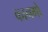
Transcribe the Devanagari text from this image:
कानगो